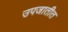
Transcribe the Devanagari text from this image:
उपजातीत